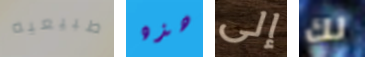
طبيعيه هذه إلى لك